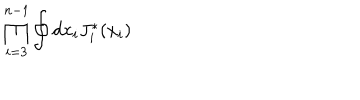
\prod _ { i = 3 } ^ { n - 1 } \oint d x _ { i } J _ { i } ^ { * } ( x _ { i } )